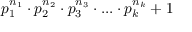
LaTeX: p _ { 1 } ^ { n _ { 1 } } \cdot p _ { 2 } ^ { n _ { 2 } } \cdot p _ { 3 } ^ { n _ { 3 } } \cdot . . . \cdot p _ { k } ^ { n _ { k } } + 1